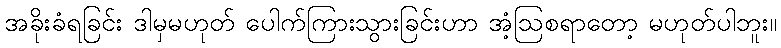
အခိုးခံရခြင်း ဒါမှမဟုတ် ပေါက်ကြားသွားခြင်းဟာ အံ့ဩစရာတော့ မဟုတ်ပါဘူး။